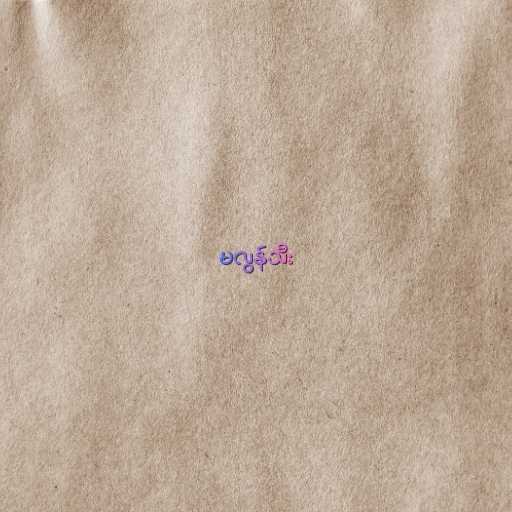
မလွန်သီး